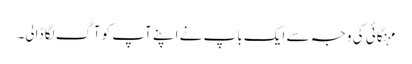
مہنگائی کی وجہ سے ایک باپ نے اپنے آپ کو آگ لگا ڈالی۔